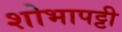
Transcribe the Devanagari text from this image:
शोभापट्टी